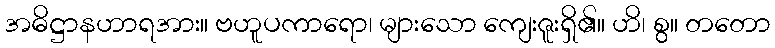
အဓိဋ္ဌာနဟာရအား။ ဗဟူပကာရော၊ များသော ကျေးဇူးရှိ၏။ ဟိ၊ စွ။ တတော